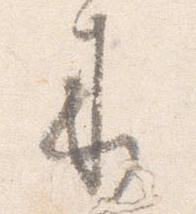
来